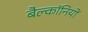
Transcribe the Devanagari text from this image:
बैल्कॉनियों